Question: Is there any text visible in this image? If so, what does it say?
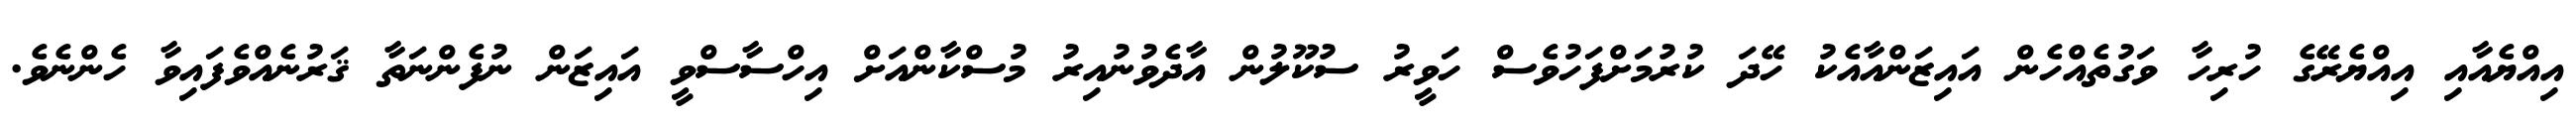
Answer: އިއްޔެއާއި އިއްޔެރޭގެ ހުރިހާ ވަގުތެއްހެން އައިޒަންއާއެކު ހޭދަ ކުރުމަށްފަހުވެސް ހަވީރު ސުކޫލުން އާދެވުނުއިރު މުސްކާންއަށް އިހްސާސްވީ އައިޒަން ނުފެންނަތާ ޤަރުނެއްވެފައިވާ ހެންނެވެ.